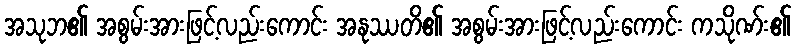
အသုဘ၏ အစွမ်းအားဖြင့်လည်းကောင်း အနုဿတိ၏ အစွမ်းအားဖြင့်လည်းကောင်း ကသိုဏ်း၏